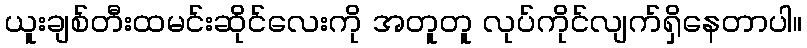
ယူးချစ်တီးထမင်းဆိုင်လေးကို အတူတူ လုပ်ကိုင်လျက်ရှိနေတာပါ။